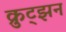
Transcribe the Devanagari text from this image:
क्रुट्झन